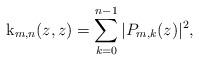
LaTeX: \begin{align*}{\rm k}_{m,n}(z,z)=\sum_{k=0}^{n-1}|P_{m,k}(z)|^2,\end{align*}